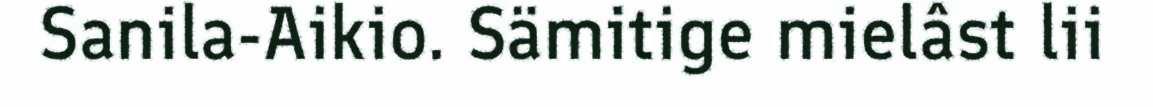
Sanila-Aikio. Sämitige mielâst lii